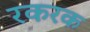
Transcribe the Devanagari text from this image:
रकरक